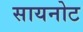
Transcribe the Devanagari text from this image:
सायनोट